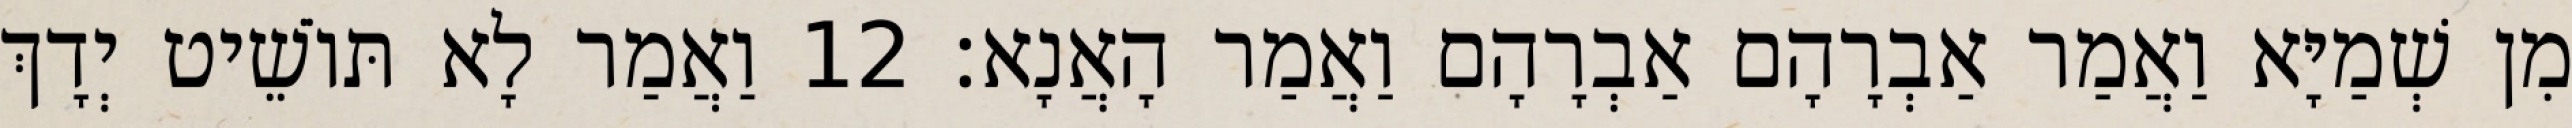
מִן שְׁמַיָּא וַאֲמַר אַבְרָהָם אַבְרָהָם וַאֲמַר הָאֲנָא׃ 12 וַאֲמַר לָא תּוֹשֵׁיט יְדָךְ